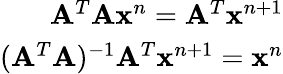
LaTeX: \begin{array}{r}{\mathbf{A}^{T}\mathbf{A}\mathbf{x}^{n}=\mathbf{A}^{T}\mathbf{x}^{n+1}}\\ {(\mathbf{A}^{T}\mathbf{A})^{-1}\mathbf{A}^{T}\mathbf{x}^{n+1}=\mathbf{x}^{n}}\end{array}